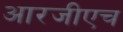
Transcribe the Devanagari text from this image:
आरजीएच